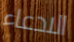
الادعاء